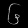
Digit: ၆